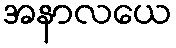
အနာလယေ